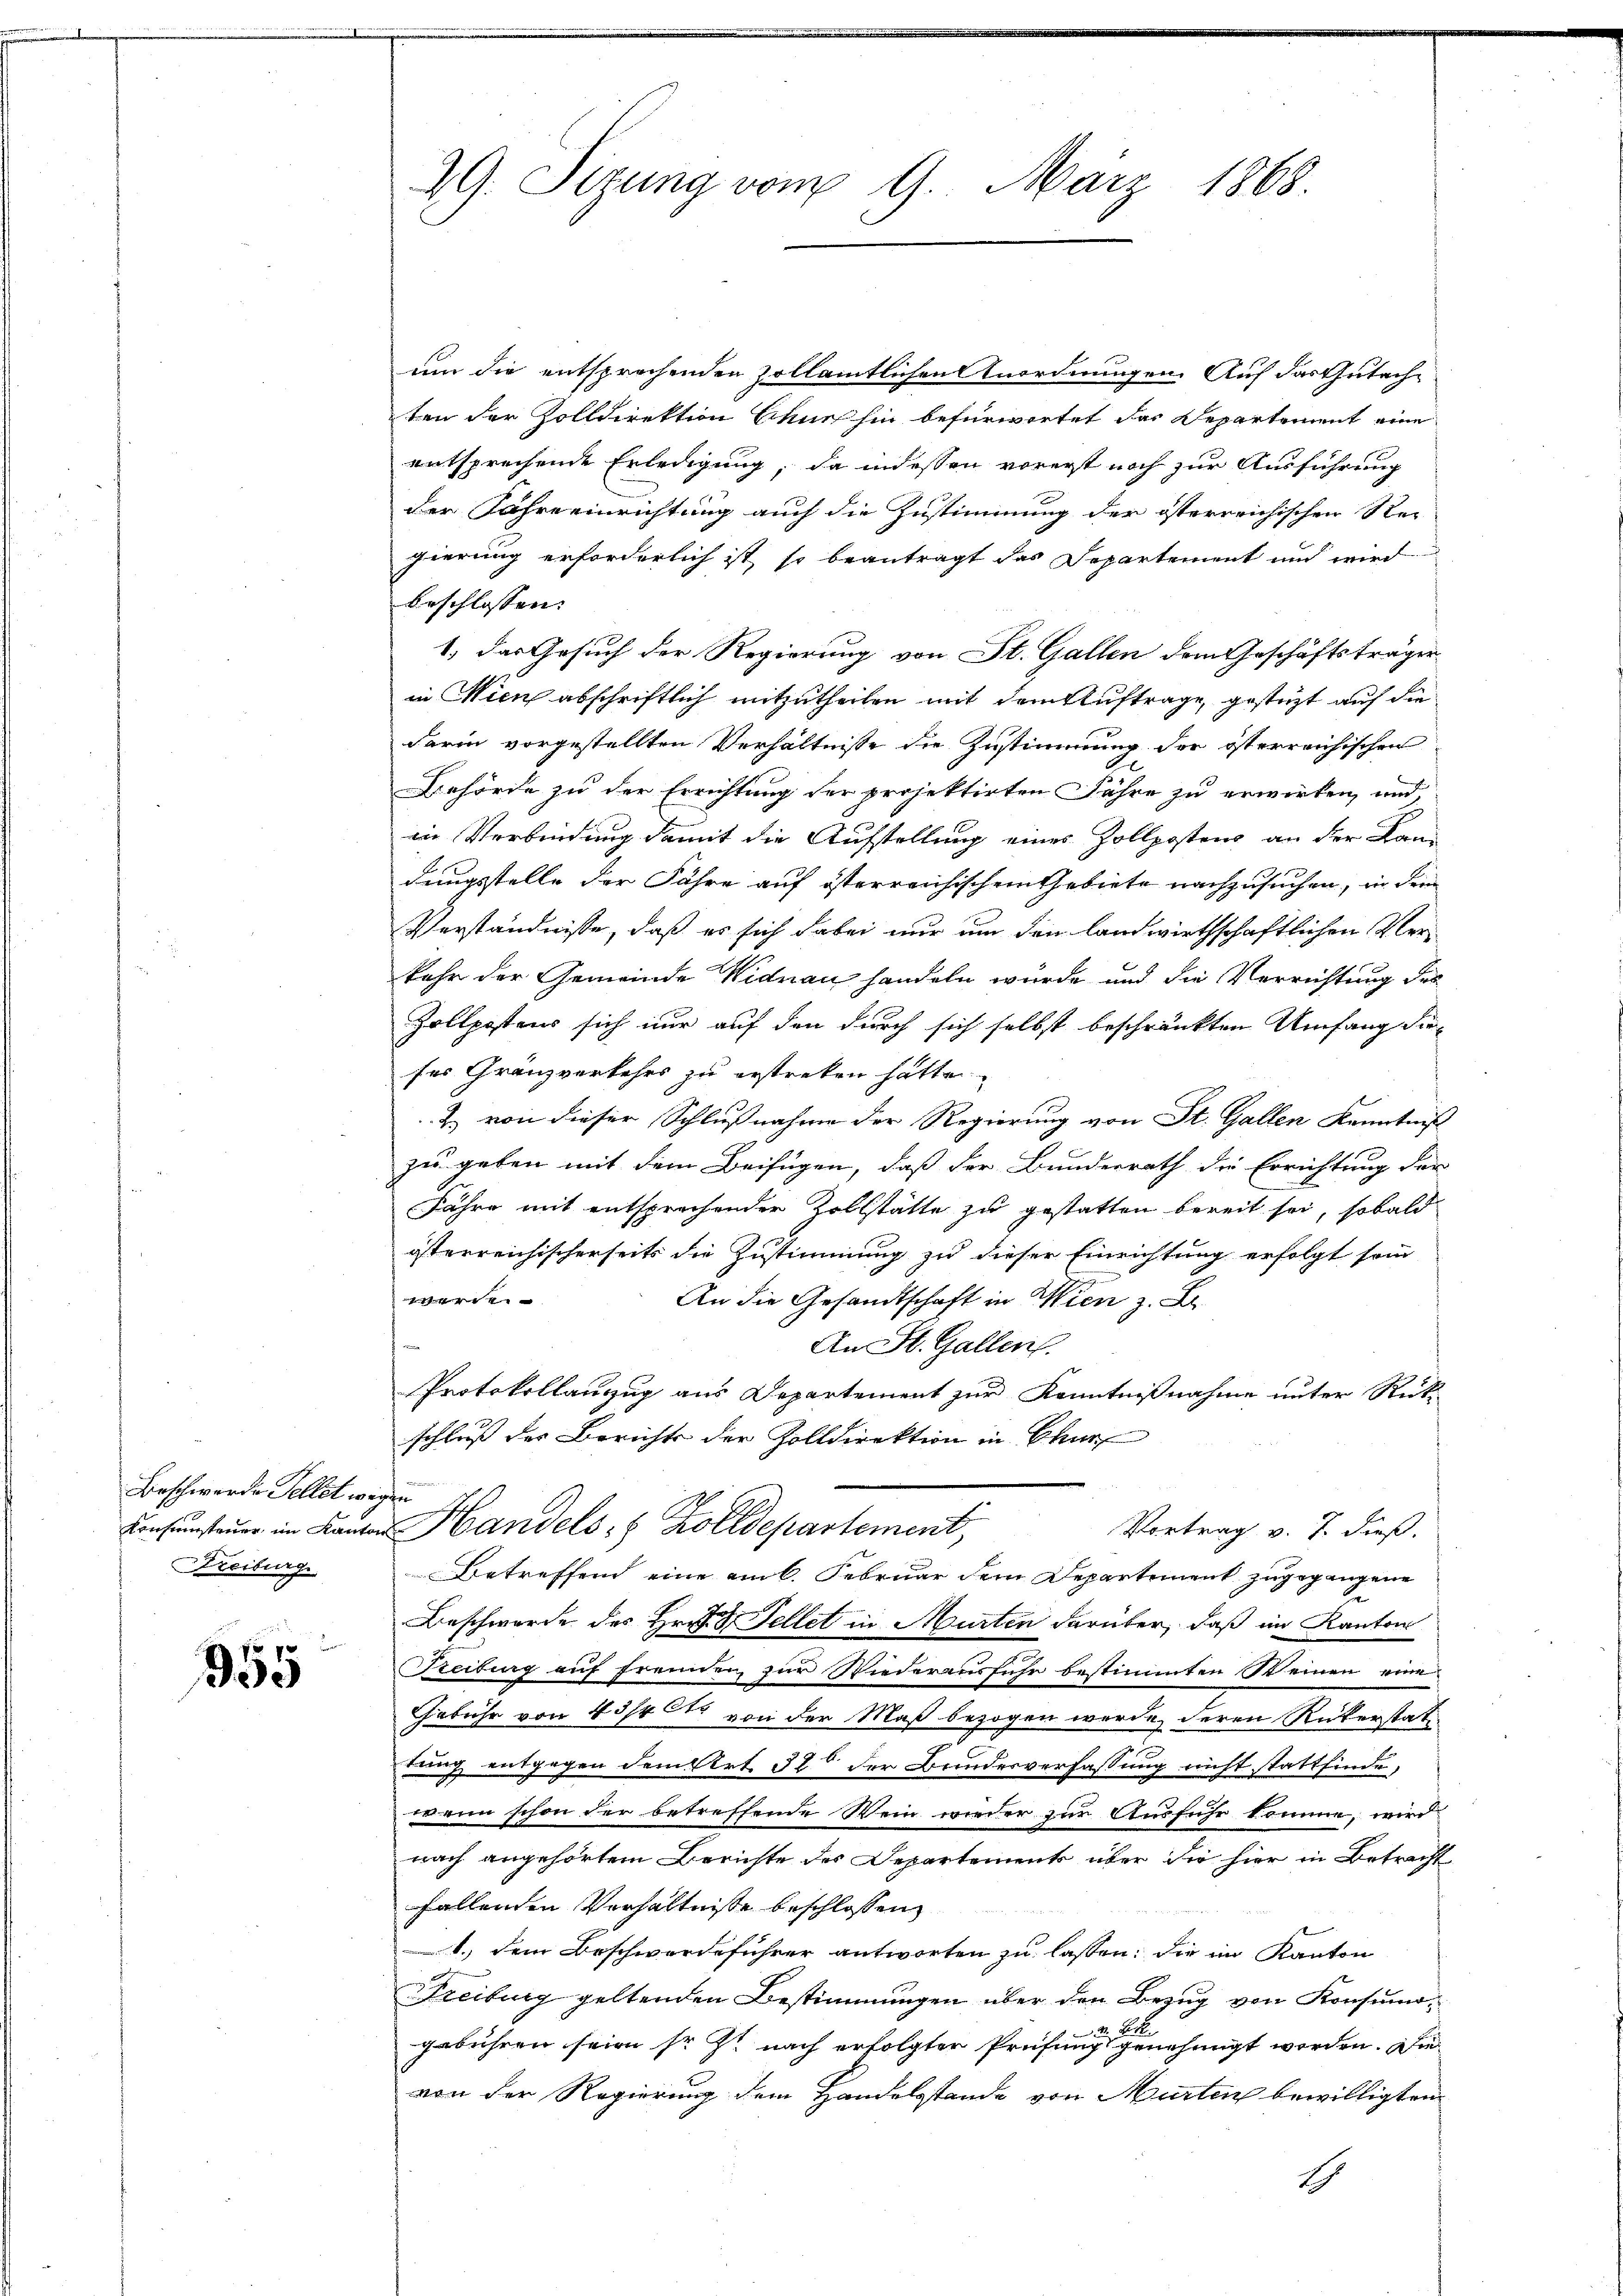
Beschwerde Fellet wegen
Freiburg

955

um die entsprechenden Zollämtlichen Anordnungen. Auf das Gutachten der Zolldirektion Schne hin befürwortet das Departement eine
entsprechende Erledigung, da indessen vorerst noch zur Ausführung
der Jahre einrichtung auch die Zustimmung der österreichischen Re-
gierung erforderlich ist, so beantragt das Departement und wird
beschlossen:
1) das Gesuch der Regierung von St. Gallen dem Geschäftsträger
in Wien abschriftlich mitzutheilen mit dem Auftrage, gesteht auf die
darin vorgestellten Verhältnisse die Zustimmung der österreichischen
Behörde zu der Errichtung der projektirten Fähre zu erwirken, und
in Verbindung damit die Aufstellung eines Zollpostenz an der Kan-
dungsstelle der Jahre auf österreichischem Gebiete nachzusuchen, in dem
Verständnisse, daß es sich dabei nur um den landwirthschaftlichen Verkehr der Gemeinde Nidau handeln wurde und die Verrichtung des
Zollpostens sich nur auf den durch sich selbst beschränkten Umfang dieses Granzverkehrs zu erstreben hätte
2. von dieser Schlußnahme der Regierung von St. Gallen Kenntnis
zu geben mit dem Beifügen, daß der Bunderrath die Errichtung der
Jahre mit entsprechender Zollstätte zu gestatten bereit sei, sobald
österreichischerseits die Zustimmung zu dieser Einrichtung erfolgt som
eetreten
An die Gesandtschaft in Wien z. B.
An St. Gallen.
Protokollanzug aus Departement zur Kenntnißnahme unter Rück-
schluß der Berichts der Zolldirektion in Chur
Consumsteuer im Kanton Handels- & Zolldepartement,
Vortrag v. 7. dieß.
Betreffend eine am 6. Februar dem Departement zugegangene
Beschwerde des Hrn.  Fellet in Murten darüber, daß im Kantons
Freiburg auf fremden zur Wiederausfuhr bestimmten Seinen eine
ebühr von 4 3/4 von der Maß bezogen werde, deren Rükerstattung entgegen dem Art. 326 der Bundesverfassung nicht stattfinde,
rin schon der betreffende Wein wieder zur Ausführ komme, wird
nach angehörtem Berichte des Departement über Sie hier in Betracht
fallenden Verhältnisse beschlossen
1.) Dem Beschwerdeführer antworten zu lassen, die im Kanton
Freiburg geltenden Bestimmungen über den Bezug von Konsumo¬
M. D. R.
gebühren seien sr zt nach erfolgter Prüfung genehmigt worden. Die
von der Regierung dem Handelsstande von Murten bewilligten

29. Sizung vom 9. März 1868.